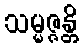
သမ္မဇ္ဇန္တိ